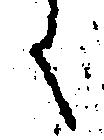
く